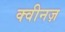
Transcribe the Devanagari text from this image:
क्वीनज़